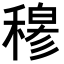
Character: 𥡆